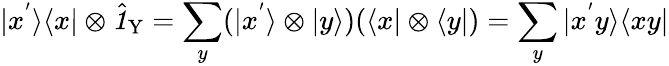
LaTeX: |x^{'}\rangle\langle x|\otimes\hat{\textbf{\textit{1}}\, }_{\! \mathrm{Y}}=\sum_{y}(|x^{'}\rangle\otimes|y\rangle)(\langle x|\otimes\langle y|)=\sum_{y}|x^{'}y\rangle\langle xy|